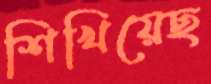
শিখিয়েছ